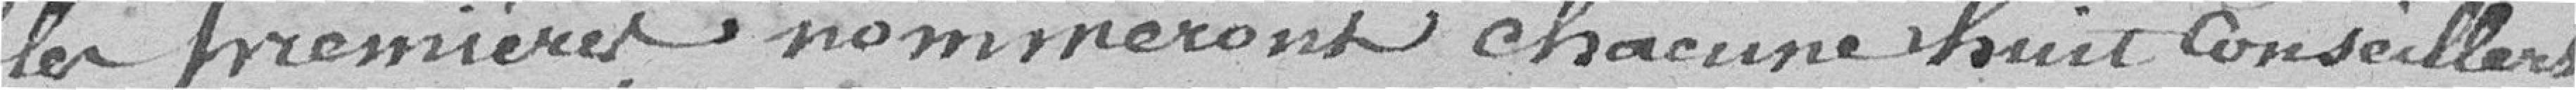
les premières noteront chacune huit conseillers ;